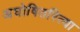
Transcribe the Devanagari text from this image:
अघोषितरित्या